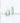
أن